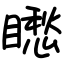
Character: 矁